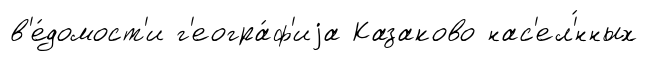
в'е́домост'и г'еогра́ф'иjа Казаково нас'ел'́нных